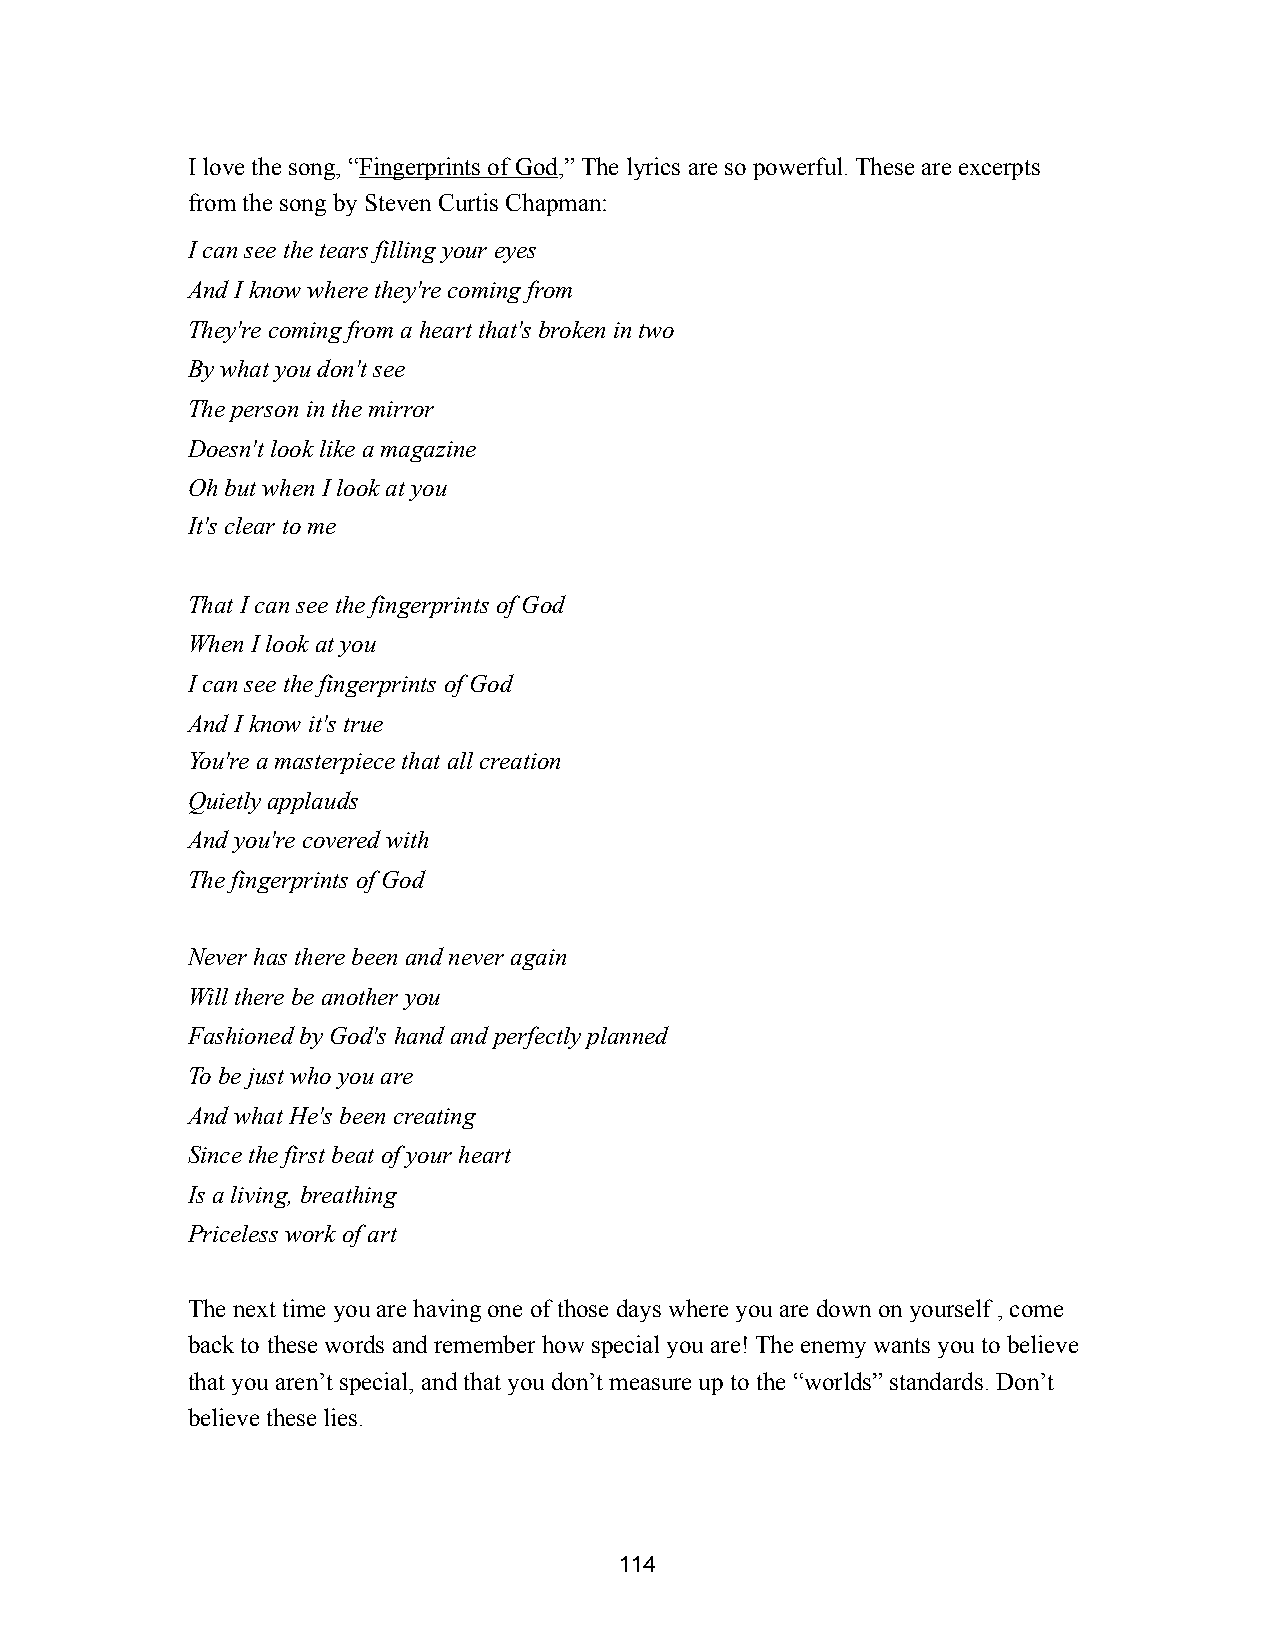
I love the song, “Fingerprints of God,” The lyrics are so powerful. These are excerpts
 from the song by Steven Curtis Chapman:
 I can see the tears filling your eyes
 And I know where they're coming from
 They're coming from a heart that's broken in two
 By what you don't see
 The person in the mirror
 Doesn't look like a magazine
 Oh but when I look at you
 It's clear to me
 That I can see the fingerprints of God
 When I look at you
 I can see the fingerprints of God
 And I know it's true
 You're a masterpiece that all creation
 Quietly applauds
 And you're covered with
 The fingerprints of God
 Never has there been and never again
 Will there be another you
 Fashioned by God's hand and perfectly planned
 To be just who you are
 And what He's been creating
 Since the first beat of your heart
 Is a living, breathing
 Priceless work of art
 The next time you are having one of those days where you are down on yourself , come
 back to these words and remember how special you are! The enemy wants you to believe
 that you aren’t special, and that you don’t measure up to the “worlds” standards. Don’t
 believe these lies.
 114